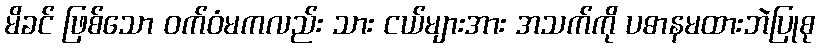
မိခင် ဖြစ်သော ဝက်ဝံမကလည်း သား ငယ်များအား အသက်ကို ပဓာနမထားဘဲပြုစု